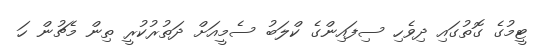
ޓީމުގެ ގޮތުގައި ދިވެހި ސިފައިންގެ ކްލަބު ސެމީއަށް ދަތުރުކުރީ ތިން މެޗުން ހަ